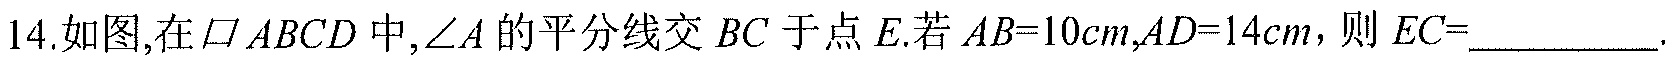
14.如图,在\(\square ABCD\)中,\(\angle A\)的平分线交\(BC\)于点\(E\).若\(AB = 10cm,AD = 14cm\)，则\(EC=\underline{\qquad}\).